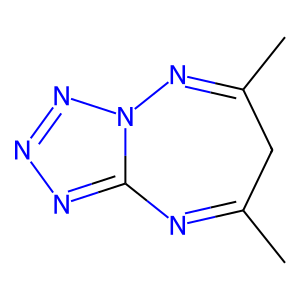
SMILES: CC1=Nc2nnnn2N=C(C)C1
Inhibits HIV replication: No